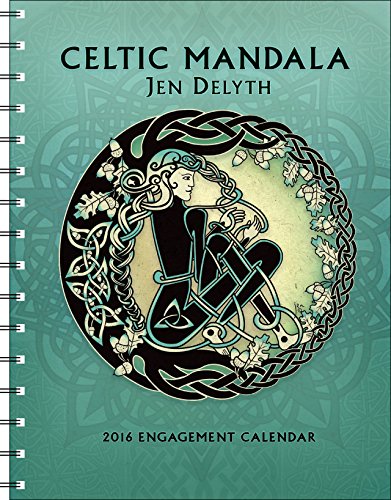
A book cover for Celtic Mandala 2016 Engagement Datebook Calendar; Jen Delyth; Religion & Spirituality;